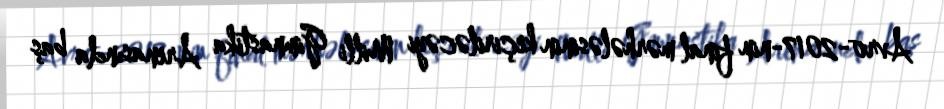
Avro-2017-nin final mərhələsinin keçiriləcəyi Milli Gimnastika Arenasında baş